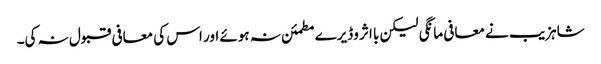
شاہزیب نے معافی مانگی لیکن با اثر وڈیرے مطمئن نہ ہوئے اور اس کی معافی قبول نہ کی۔